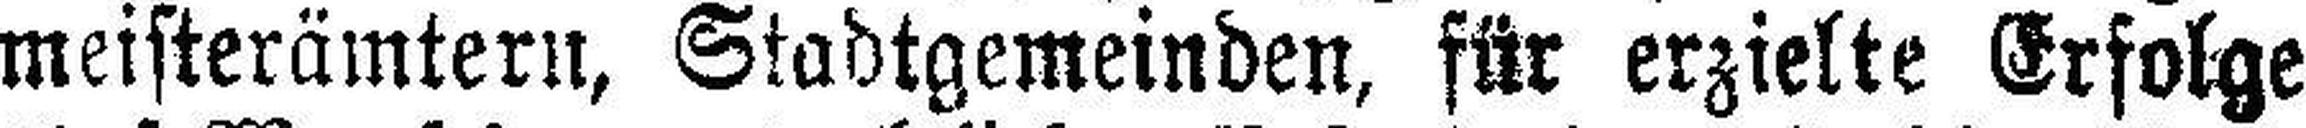
meisterämtern, Stadtgemeinden, für erzielte Erfolge